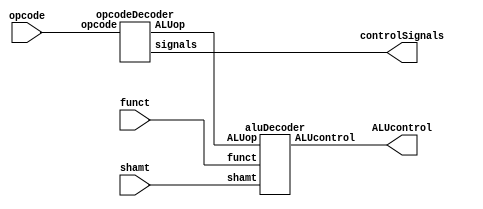
// Controller for processor that generates control signals
module controller   (input [5:0] opcode, funct,
                    input [4:0] shamt,
                    output [7:0] controlSignals,
                    output [3:0] ALUcontrol);
                    
    wire [1:0] ALUop;
    
    aluDecoder aluDecode(shamt, funct, ALUop, ALUcontrol);
    opcodeDecoder opDecode(opcode, controlSignals, ALUop);
        
endmodule

// Decoder of ALUop, funct and shamt to generate signals for ALU 
module aluDecoder   (input [4:0] shamt,
                    input [5:0] funct,
                    input [1:0] ALUop,
                    output reg [3:0] ALUcontrol);
    
    // Generates control signals for ALU, based on table from lecture                
    always @ (*) begin
        case(ALUop)
            0: ALUcontrol <= 2;
            1: ALUcontrol <= 3;
            2: begin
                case(funct)
                    6'b100000: ALUcontrol <= 2;
                    6'b100010: ALUcontrol <= 3;
                    6'b100100: ALUcontrol <= 0;
                    6'b100101: ALUcontrol <= 1;
                    6'b101010: ALUcontrol <= 4;
                    6'b000100: ALUcontrol <= 7;
                    6'b000110: ALUcontrol <= 8;
                    default: ALUcontrol <= 9; //6'b000111
                endcase
            end
            3: begin
                case (shamt)
                    0: ALUcontrol <= 5;
                    default: ALUcontrol <= 6;
                endcase
            end
        endcase
    end

endmodule

// Decoder of opecode part from instruction
module opcodeDecoder( input [5:0] opcode,
                    output reg [7:0] signals,
                    output reg [1:0] ALUop);
    
    // Generates signals for cpu and for ALUdecoder, based on table from lecture
    always@(*) begin
        case(opcode)
            6'b100011: begin
                signals <= 8'b10100100;
                ALUop <= 2'b00;
            end
            6'b101011: begin
                signals <= 8'b00101000; 
                ALUop <= 2'b00;
            end
            6'b000100: begin
                signals <= 8'b00010000;
                ALUop <= 2'b01;
            end
            6'b001000: begin
                signals <= 8'b10100000; 
                ALUop <= 2'b00;
            end
            6'b000011: begin
                signals <= 8'b10000010; 
                ALUop <= 2'b00;
            end
            6'b000111: begin
                signals <= 8'b00000001; 
                ALUop <= 2'b00;
            end
            6'b011111: begin
                signals <= 8'b11000000; 
                ALUop <= 2'b11;
            end
            6'b000010: begin
                signals <= 8'b00000010; 
                ALUop <= 2'b00;
            end
            default: begin
                signals <= 8'b11000000;
                ALUop <= 2'b10;
            end
        endcase
    end

endmodule